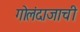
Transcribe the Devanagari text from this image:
गोलंदाजाची